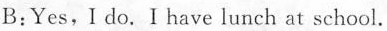
B:Yes,I do.Ihave lunch at school.